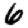
Digit: 6